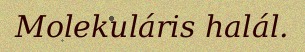
Molekuláris halál.